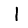
Digit: 1